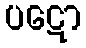
ပဋော